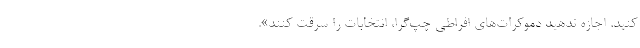
کنید. اجازه ندهید دموکرات‌های افراطی چپ‌گرا، انتخابات را سرقت کنند».